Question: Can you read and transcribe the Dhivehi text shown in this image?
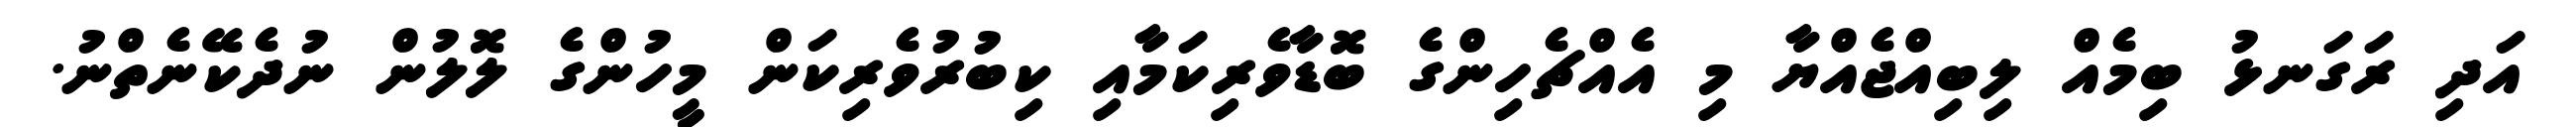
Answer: އަދި ރަގަނޅު ބިމެއް ލިބިއްޖެއްޔާ މި އެއްޗެހިންގެ ބޮޑާވެރިކަމާއި ކިބުރުވެރިކަން މީހުންގެ ލޮލުން ނުދެކޭނެތްނު.